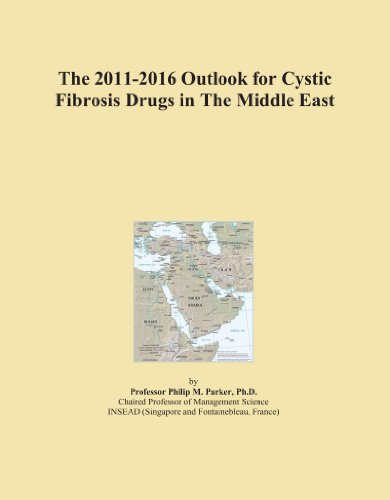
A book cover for The 2011-2016 Outlook for Cystic Fibrosis Drugs in The Middle East; Icon Group International; Health, Fitness & Dieting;